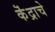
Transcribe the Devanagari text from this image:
कॆंद्राचे